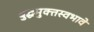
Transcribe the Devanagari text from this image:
बुद्धमुक्तस्वभावे